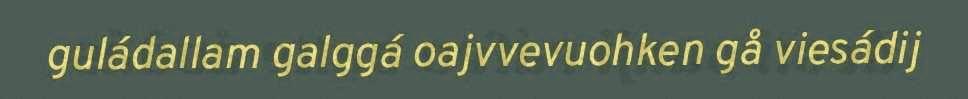
guládallam galggá oajvvevuohken gå viesádij